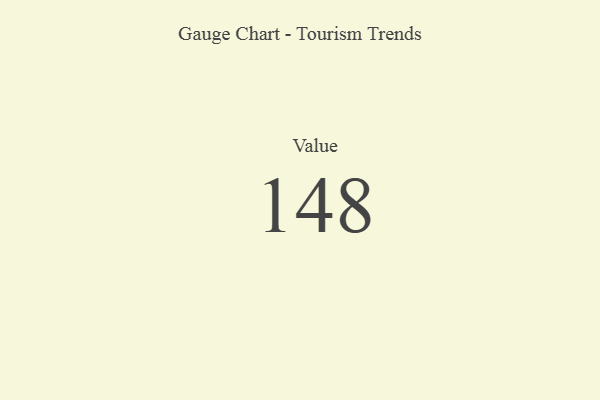
{"axis": {"x": "Metric", "y": "Value"}, "legend": [""], "data": [{"x": "Value", "y": 148, "type": ""}]}